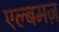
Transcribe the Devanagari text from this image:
एल्बमज़